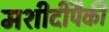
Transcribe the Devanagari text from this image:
मशीदींपैकी